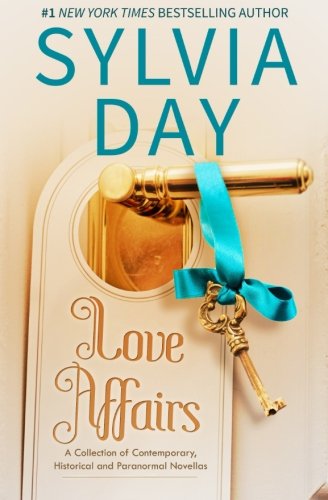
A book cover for Love Affairs: A Collection of Contemporary, Historical and Paranormal Novellas; Sylvia Day; Romance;